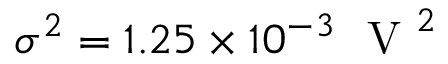
\sigma ^ { 2 } = 1 . 2 5 \times 1 0 ^ { - 3 } ~ \mathrm { ~ V ~ } ^ { 2 }